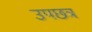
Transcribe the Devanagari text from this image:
उपछत्र